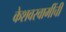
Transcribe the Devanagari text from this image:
केशवस्वामींची